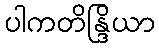
ပါကတိန္ဒြိယာ